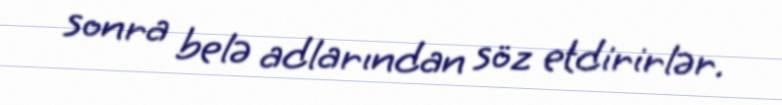
sonra belə adlarından söz etdirirlər.